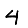
Digit: 4